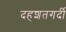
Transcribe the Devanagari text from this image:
दहशतगर्दी